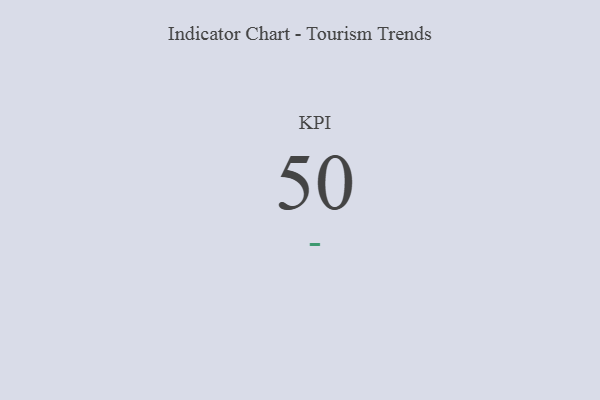
{"axis": {"x": "KPI", "y": "Value"}, "legend": [""], "data": [{"x": "KPI", "y": 50, "type": ""}]}